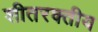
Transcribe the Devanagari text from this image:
शीतरक्तीय